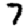
Digit: 7